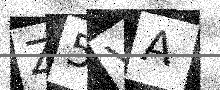
Text: Z5VA